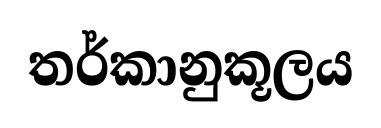
තර්කානුකූලය